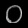
Digit: ၀